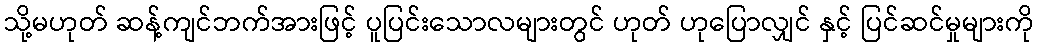
သို့မဟုတ် ဆန့်ကျင်ဘက်အားဖြင့် ပူပြင်းသောလများတွင် ဟုတ် ဟုပြောလျှင် နှင့် ပြင်ဆင်မှုများကို